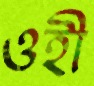
ওহী